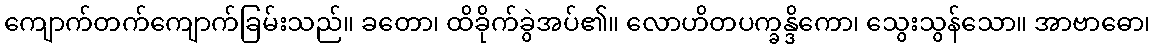
ကျောက်တက်ကျောက်ခြမ်းသည်။ ခတော၊ ထိခိုက်ခွဲအပ်၏။ လောဟိတပက္ခန္ဒိကော၊ သွေးသွန်သော။ အာဗာဓော၊